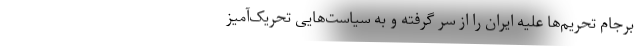
برجام تحریم‌ها علیه ایران را از سر گرفته و به سیاست‌هایی تحریک‌آمیز